Punjab Mental Hospital Lahore 1922-31 - 1922-1931
Year: 1922
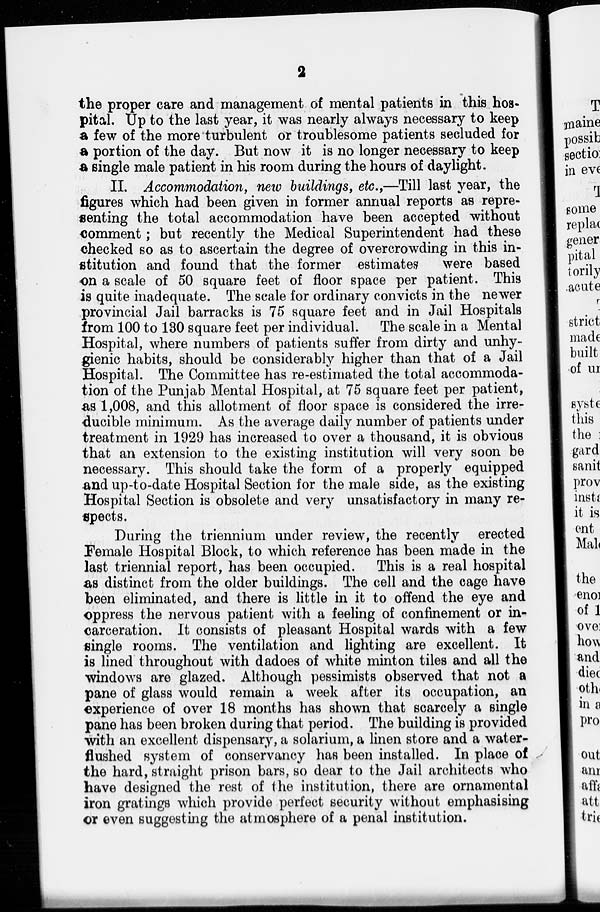
2
the proper care and management of mental patients in this hos-
pital. Up to the last year, it was nearly always necessary to keep
a few of the more turbulent or troublesome patients secluded for
a portion of the day. But now it is no longer necessary to keep
a single male patient in his room during the hours of daylight.
II. Accommodation, new buildings, etc.,—Till last year, the
figures which had been given in former annual reports as repre-
senting the total accommodation have been accepted without
comment ; but recently the Medical Superintendent had these
checked so as to ascertain the degree of overcrowding in this in-
stitution and found that the former estimates
were based
on a scale of 50 square feet of floor space per patient. This
is quite inadequate. The scale for ordinary convicts in the newer
provincial Jail barracks is 75 square feet and in Jail Hospitals
from 100 to 130 square feet per individual. The scale in a Mental
Hospital, where numbers of patients suffer from dirty and unhy-
gienic habits, should be considerably higher than that of a Jail
Hospital. The Committee has re-estimated the total accommoda-
tion of the Punjab Mental Hospital, at 75 square feet per patient,
as 1,008, and this allotment of floor space is considered the irre-
ducible minimum. As the average daily number of patients under
treatment in 1929 has increased to over a thousand, it is obvious
that an extension to the existing institution will very soon be
necessary. This should take the form of a properly equipped
and up-to-date Hospital Section for the male side, as the existing
Hospital Section is obsolete and very unsatisfactory in many re-
spects.
During the triennium under review, the recently erected
Female Hospital Block, to which reference has been made in the
last triennial report, has been occupied. This is a real hospital
as distinct from the older buildings. The cell and the cage have
been eliminated, and there is little in it to offend the eye and
oppress the nervous patient with a feeling of confinement or in-
carceration. It consists of pleasant Hospital wards with a few
single rooms. The ventilation and lighting are excellent. It
is lined throughout with dadoes of white minton tiles and all the
windows are glazed. Although pessimists observed that not a
pane of glass would remain a week after its occupation, an
experience of over 18 months has shown that scarcely a single
pane has been broken during that period. The building is provided
with an excellent dispensary, a solarium, a linen store and a water-
flushed system of conservancy has been installed. In place of
the hard, straight prison bars, so dear to the Jail architects who
have designed the rest of the institution, there are ornamental
iron gratings which provide perfect security without emphasising
or even suggesting the atmosphere of a penal institution.